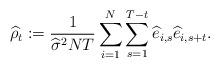
LaTeX: \begin{align*}\widehat{\rho}_t:=\frac{1}{\widehat{\sigma}^2 NT}\sum_{i=1}^N\sum_{s=1}^{T-t}\widehat{e}_{i,s}\widehat{e}_{i,s+t}.\end{align*}